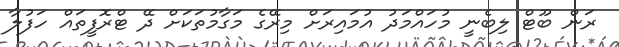
ރަން ބޫޓް ލިބެނީ މުހައްމަދު އުމައިރަށް މިރޭގެ މަގާމުތަކަށް ދޭ ޓްރޮފީތައް ހަފުލާ